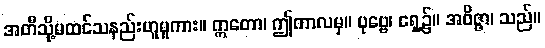
အတီသို့မထင်သနည်းဟူမူကား။ ဣတော၊ ဤကာလမှ။ ပုဗ္ဗေ၊ ရှေ့၌။ အဝိဇ္ဇာ၊ သည်။